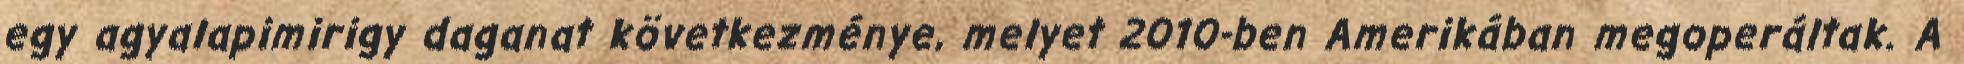
egy agyalapimirigy daganat következménye, melyet 2010-ben Amerikában megoperáltak. A